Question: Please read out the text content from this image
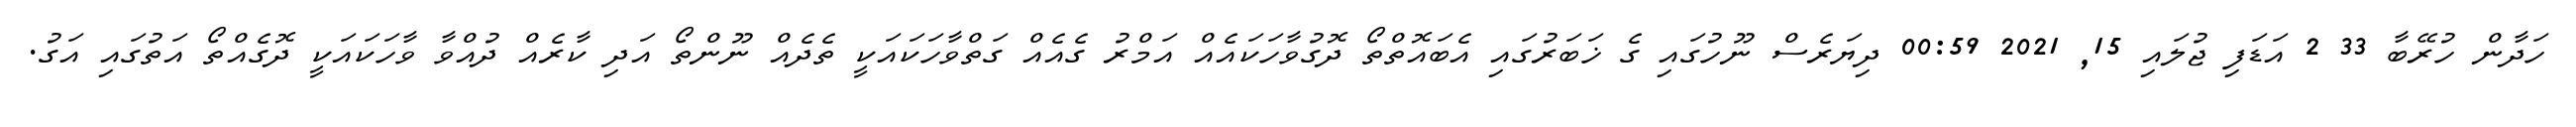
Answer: ހަދާން ހުރޭބާ 33 2 އަޑަފި ޖުލައި 15, 2021 00:59 ދިޔަރެސް ނޫހުގައި ގެ ޚަބަރުގައި އެބައޮތްތޯ ދޮގުވާހަކައެއް އަމްރު ގެއެއް ގަތްވާހަކައަކީ ތެދެއް ނޫންތޯ އަދި ކާރެއް ދުއްވާ ވާހަކައަކީ ދޮގެއްތޯ އަތުގައި އަގު.